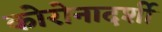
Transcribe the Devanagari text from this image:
कोरोनादर्शी